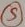
Text: S